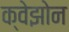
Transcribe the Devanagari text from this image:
क्वेझोन